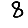
Digit: 8